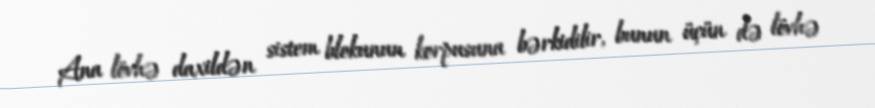
Ana lövhə daxildən sistem blokunun korpusuna bərkidilir, bunun üçün də lövhə